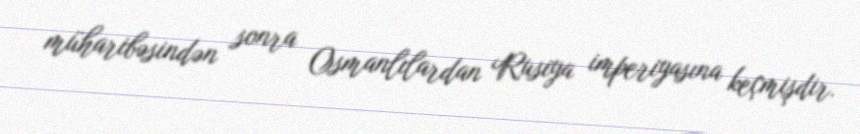
müharibəsindən sonra Osmanlılardan Rusiya imperiyasına keçmişdir.